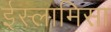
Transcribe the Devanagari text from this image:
ईस्लामिसा